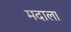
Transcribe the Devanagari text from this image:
मदाला